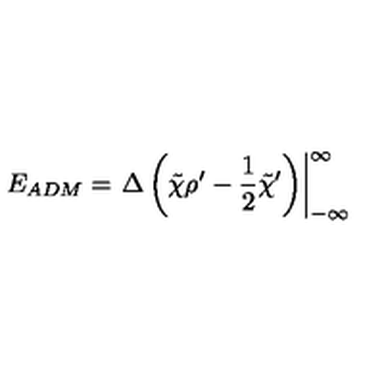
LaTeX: E _ { A D M } = \left. { \Delta } \left( \tilde { \chi } { \rho } ^ { \prime } - { \frac 1 2 } { \tilde { \chi } } ^ { \prime } \right) \right| _ { - \infty } ^ { \infty }